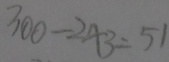
3 0 0 - 2 4 3 = 5 1